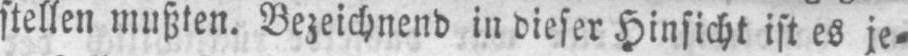
stellen mußten. Bezeichnend in dieser Hinsicht ist es je⸗